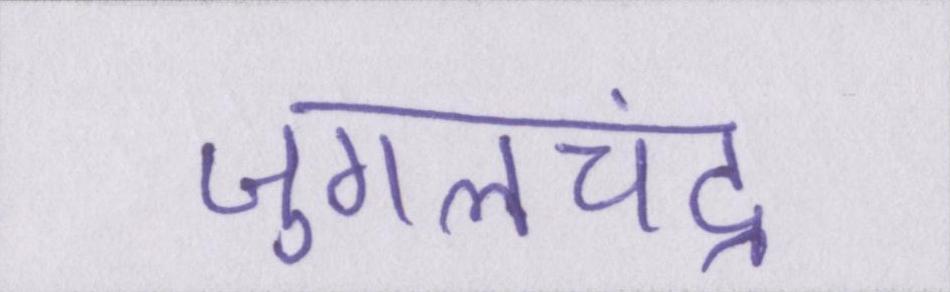
जुगलचंद्र